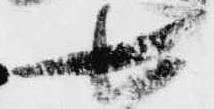
七